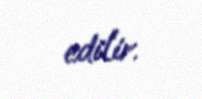
edilir.